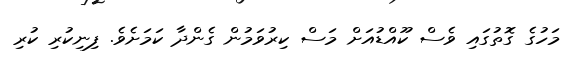
މަހުގެ ގޮތުގައި ވެސް ކޫއްޑުއަށް މަސް ކިރުވަމުން ގެންދާ ކަމަށެވެ. ފިނިކުރި ކުރި